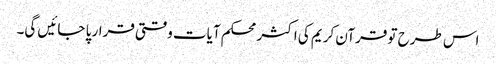
اس طرح تو قرآن کریم کی اکثر محکم آیات وقتی قرار پا جائیں گی۔